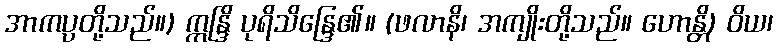
အာကပ္ပတို့သည်။) ဣန္ဒြိ ပုရိသိန္ဒြေ၏။ (ဖလာနိ၊ အကျိုးတို့သည်။ ဟောန္တိ) ဝိယ၊